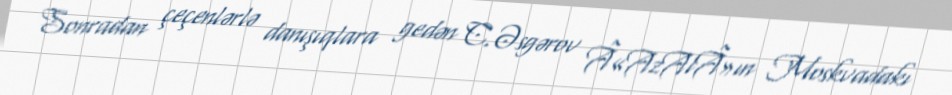
Sonradan çeçenlərlə danışıqlara gedən C.Əsgərov Â«AzAlÂ»ın Moskvadakı